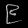
Digit: ၉